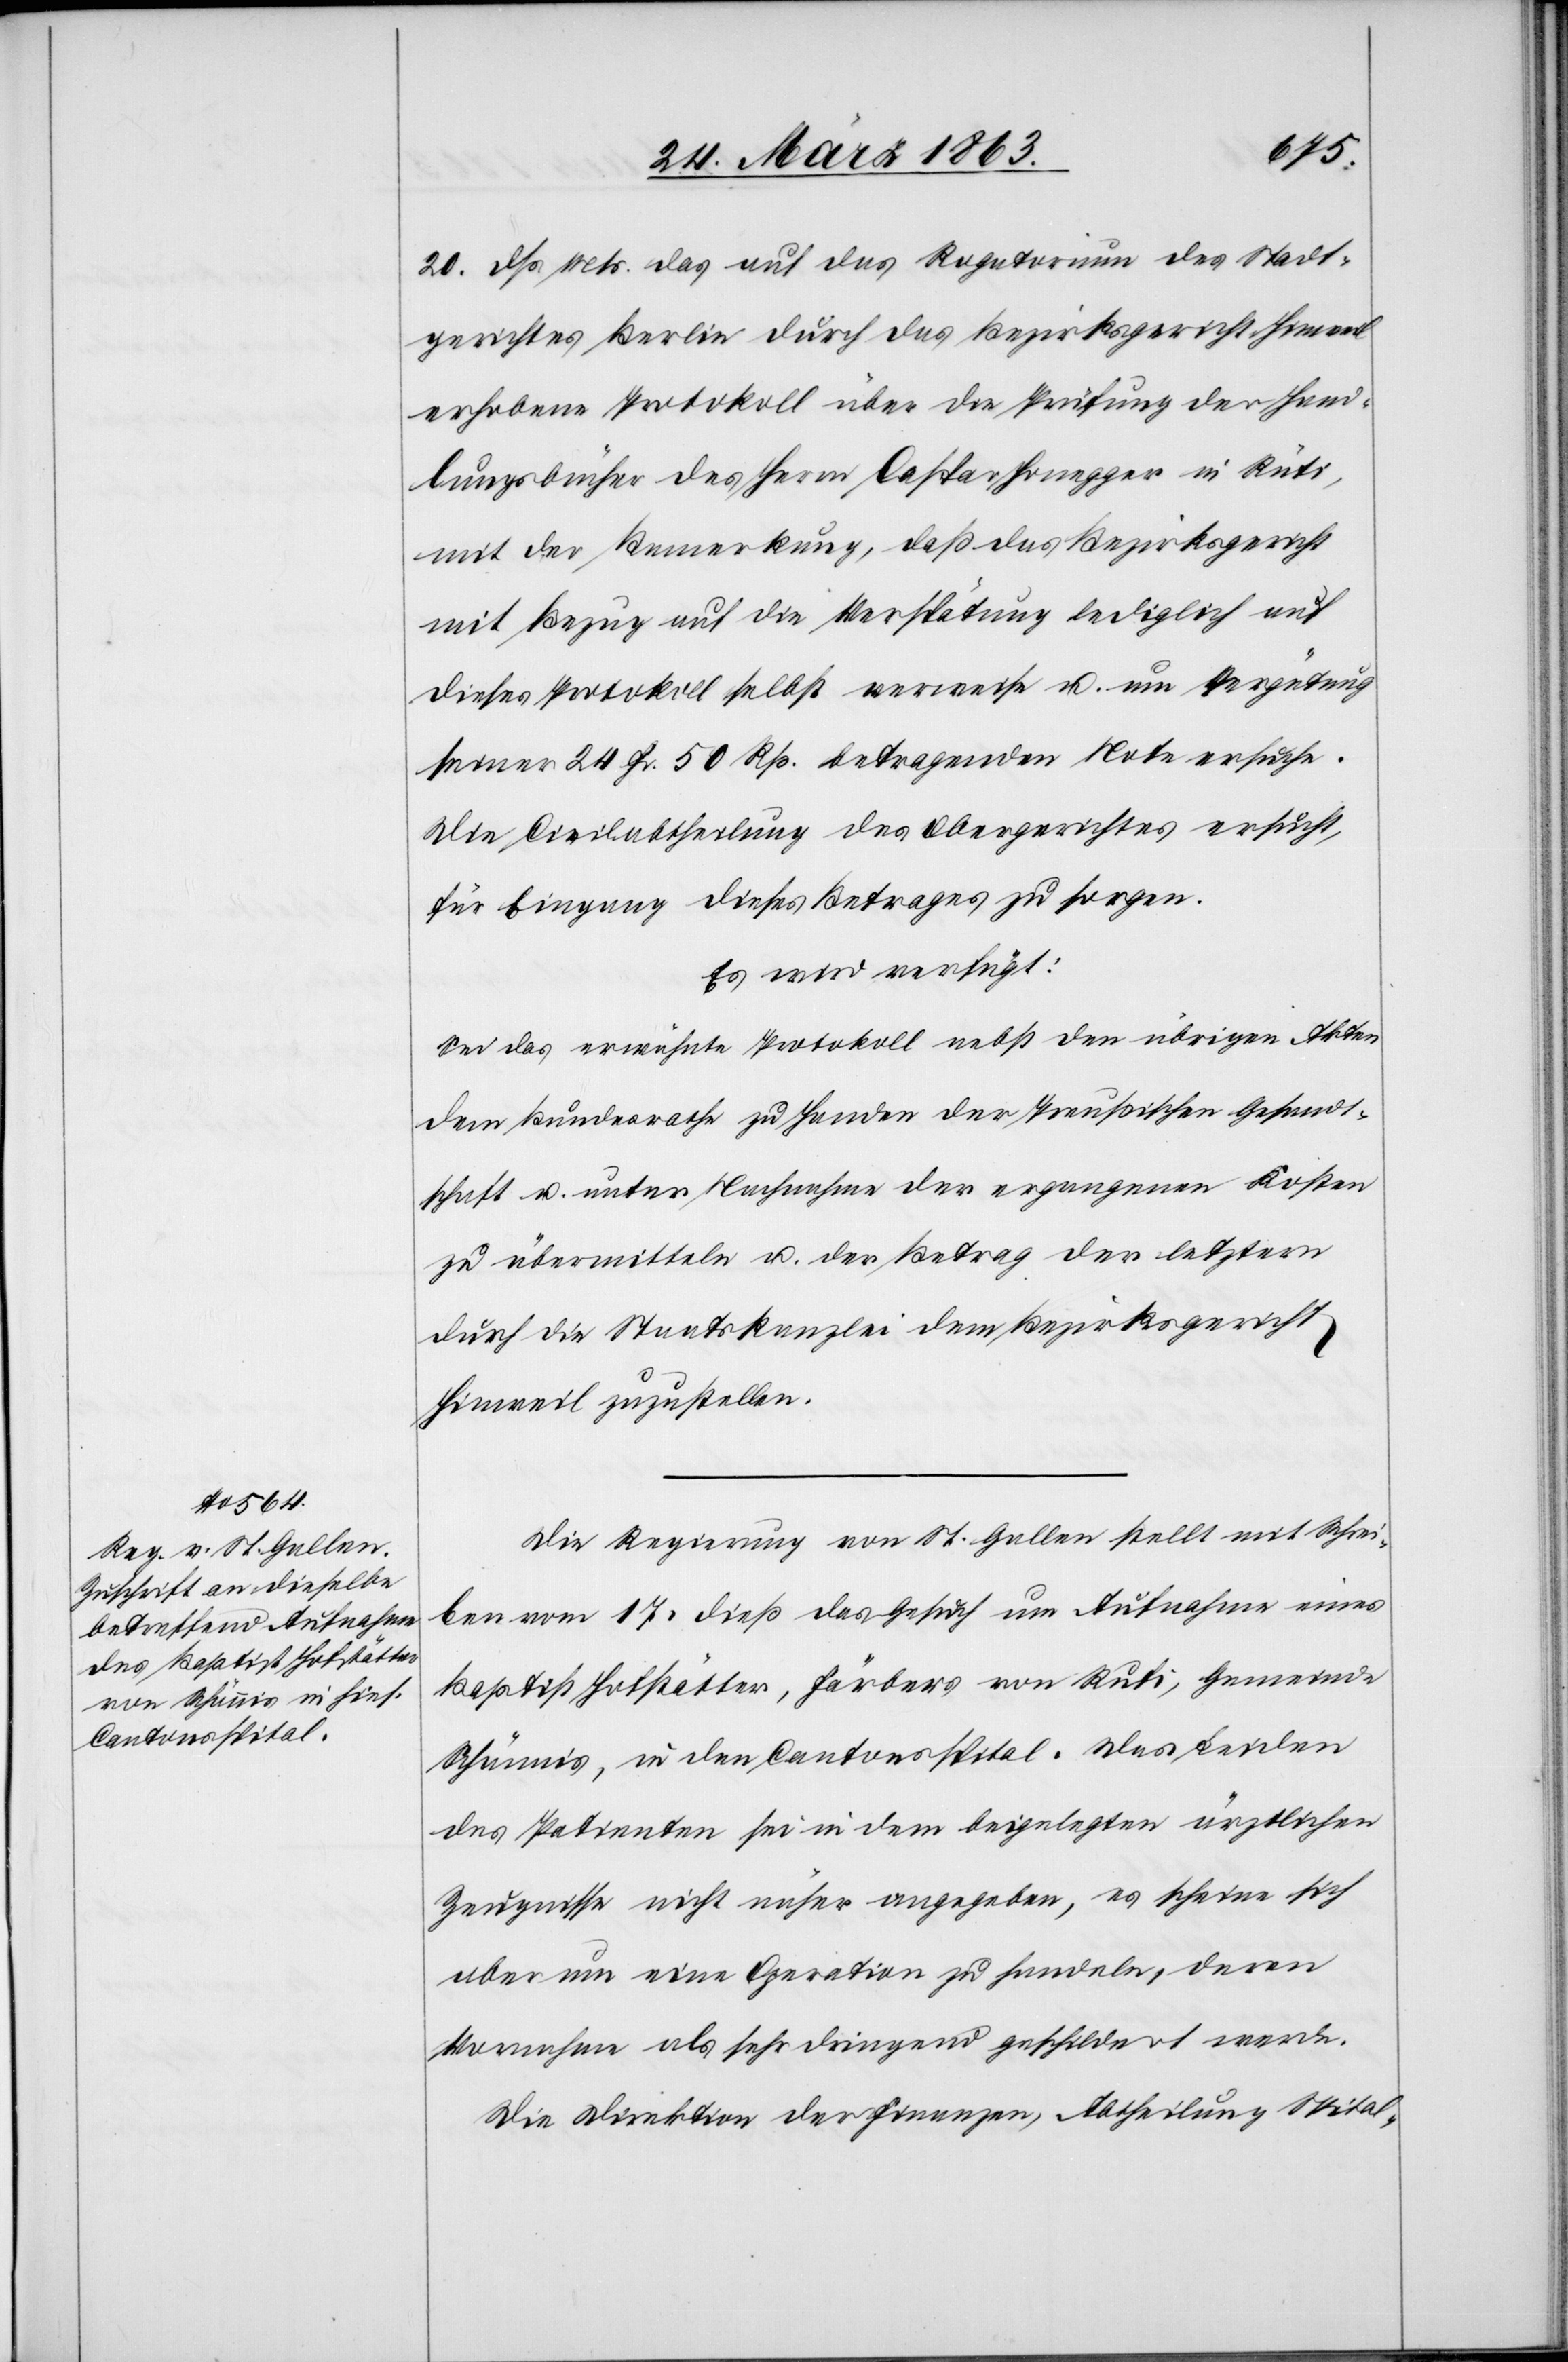
25. März 1863.]
20. dß. Mts. das auf das Rogatorium des Stadt¬
gerichtes Berlin durch das Bezirksgericht Hinweil
erhobene Protokoll über die Prüfung der Hand¬
lungsbücher des Herrn Caspar Honegger in Rüti,
mit der Bemerkung, daß das Bezirksgericht
mit Bezug auf die Verspätung lediglich auf
dieses Protokoll selbst verweise u. um Vergütung
seiner 24 Fr. 50 Rp. betragenden Note ersuche.
Die Civilabtheilung des Obergerichtes ersucht,
für Eingang dieses Betrages zu sorgen.
Es wird verfügt:
Sei das erwähnte Protokoll nebst den übrigen Akten
dem Bundesrathe zu Handen der Preußischen Gesandt¬
schaft u. unter Nachnahme der ergangenen Kosten
zu übermitteln u. der Betrag der letztern
durch die Staatskanzlei dem Bezirksgericht
Hinweil zuzustellen.
Die Regierung von St. Gallen stellt mit Schrei¬
ben vom 17. dieß das Gesuch um Aufnahme eines
Baptist Hofstätter, Färbers von Rufi, Gemeinde
Schännis, in den Cantonsspital. Das Leiden
des Patienten sei in dem beigelegten ärztlichen
Zeugnisse nicht näher angegeben, es scheine sich
aber um eine Operation zu handeln, deren
Vornahme als sehr dringend geschildert werde.
Die Direktion der Finanzen, Abtheilung Spital-